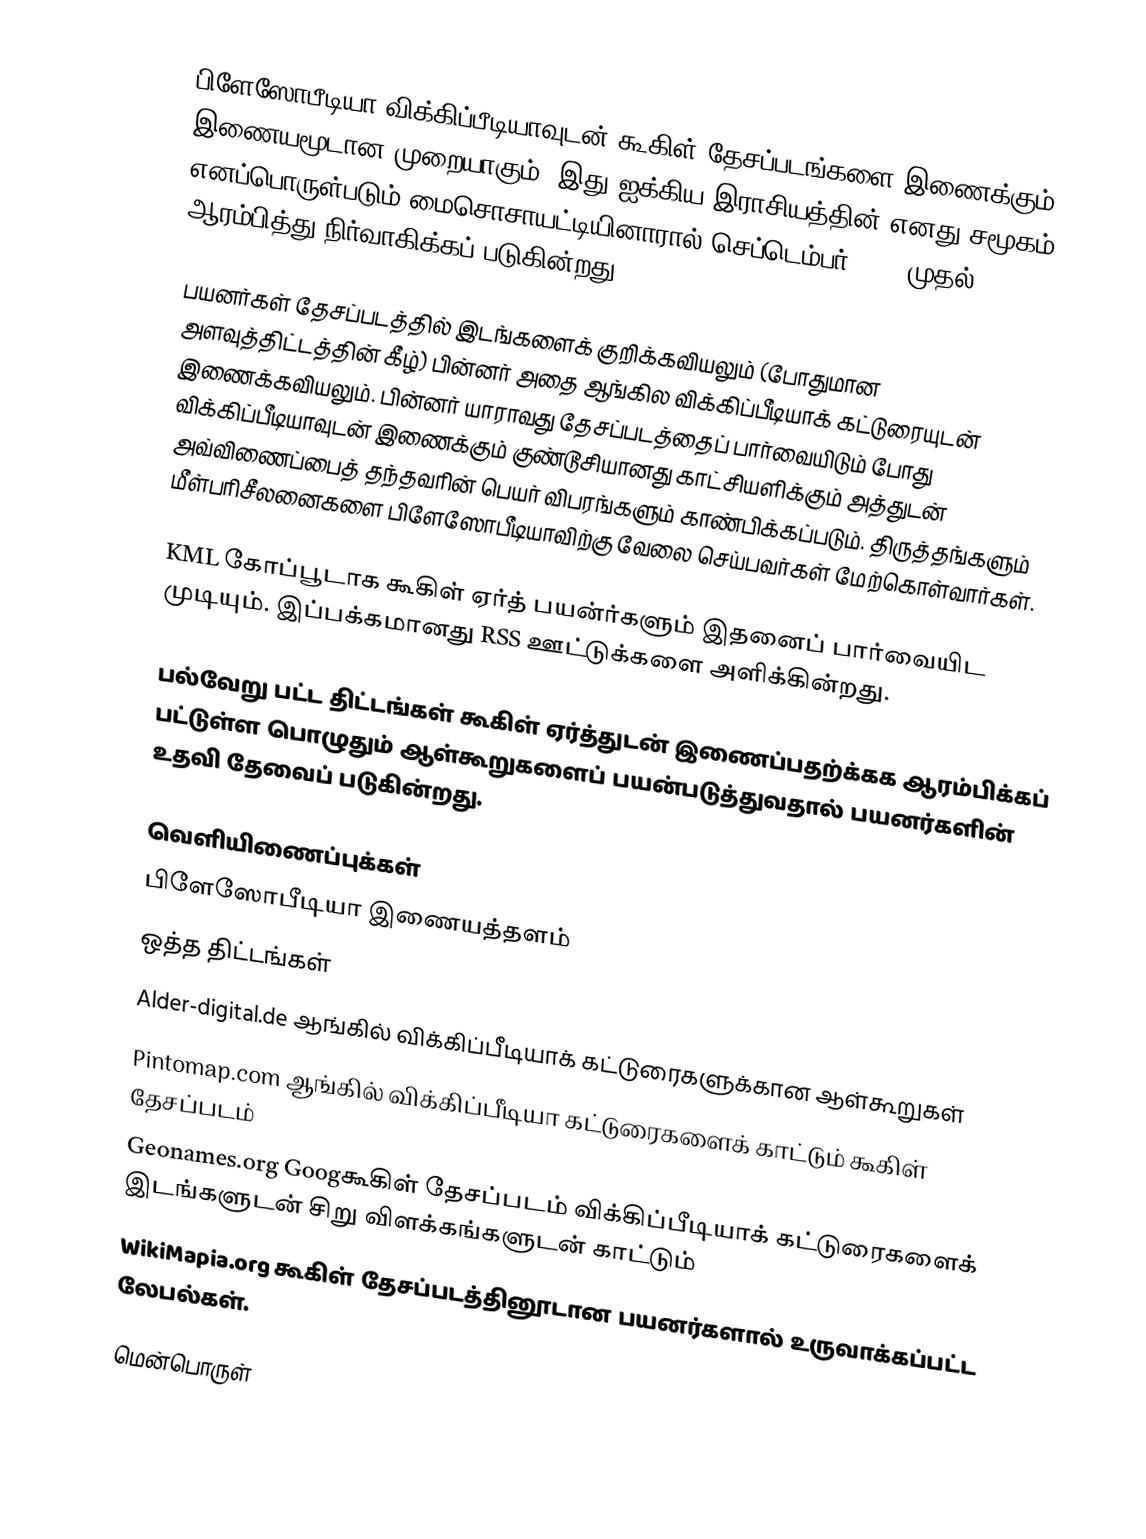
பிளேஸோபீடியா விக்கிப்பீடியாவுடன் கூகிள் தேசப்படங்களை இணைக்கும்   இணையமூடான முறையாகும். இது ஐக்கிய இராசியத்தின் எனது சமூகம் எனப்பொருள்படும் மைசொசாயட்டியினாரால் செப்டெம்பர் 2005 முதல் ஆரம்பித்து நிர்வாகிக்கப் படுகின்றது.

பயனர்கள் தேசப்படத்தில் இடங்களைக் குறிக்கவியலும் (போதுமான அளவுத்திட்டத்தின் கீழ்) பின்னர் அதை ஆங்கில விக்கிப்பீடியாக் கட்டுரையுடன் இணைக்கவியலும். பின்னர் யாராவது தேசப்படத்தைப் பார்வையிடும் போது விக்கிப்பீடியாவுடன் இணைக்கும் குண்டூசியானது காட்சியளிக்கும் அத்துடன் அவ்விணைப்பைத் தந்தவரின் பெயர் விபரங்களும் காண்பிக்கப்படும். திருத்தங்களும் மீள்பரிசீலனைகளை பிளேஸோபீடியாவிற்கு வேலை செய்பவர்கள்  மேற்கொள்வார்கள்.

KML கோப்பூடாக கூகிள் ஏர்த் பயன்ர்களும் இதனைப் பார்வையிட முடியும். இப்பக்கமானது RSS ஊட்டுக்களை அளிக்கின்றது.

பல்வேறு பட்ட திட்டங்கள் கூகிள் ஏர்த்துடன் இணைப்பதற்க்கக ஆரம்பிக்கப் பட்டுள்ள பொழுதும் ஆள்கூறுகளைப் பயன்படுத்துவதால் பயனர்களின் உதவி தேவைப் படுகின்றது.

வெளியிணைப்புக்கள்
பிளேஸோபீடியா இணையத்தளம்
ஒத்த திட்டங்கள்
 Alder-digital.de   ஆங்கில் விக்கிப்பீடியாக் கட்டுரைகளுக்கான ஆள்கூறுகள்
 Pintomap.com ஆங்கில் விக்கிப்பீடியா கட்டுரைகளைக் காட்டும் கூகிள் தேசப்படம்
 Geonames.org Googகூகிள் தேசப்படம் விக்கிப்பீடியாக் கட்டுரைகளைக் இடங்களுடன் சிறு விளக்கங்களுடன் காட்டும்
 WikiMapia.org கூகிள் தேசப்படத்தினூடான பயனர்களால் உருவாக்கப்பட்ட லேபல்கள்.

மென்பொருள்